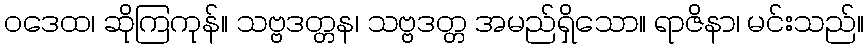
ဝဒေထ၊ ဆိုကြကုန်။ သဗ္ဗဒတ္တန၊ သဗ္ဗဒတ္တ အမည်ရှိသော။ ရာဇိနာ၊ မင်းသည်။